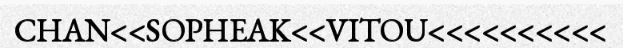
CHAN<<SOPHEAK<<VITOU<<<<<<<<<<